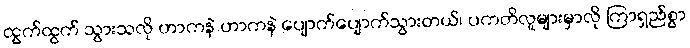
ထွက်ထွက် သွားသလို ဟာကနဲ ဟာကနဲ ပျောက်ပျောက်သွားတယ်၊ ပကတိလူများမှာလို ကြာရှည်စွာ